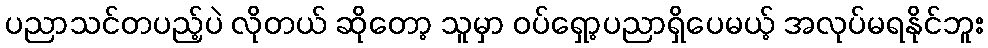
ပညာသင်တပည့်ပဲ လိုတယ် ဆိုတော့ သူမှာ ဝပ်ရှော့ပညာရှိပေမယ့် အလုပ်မရနိုင်ဘူး